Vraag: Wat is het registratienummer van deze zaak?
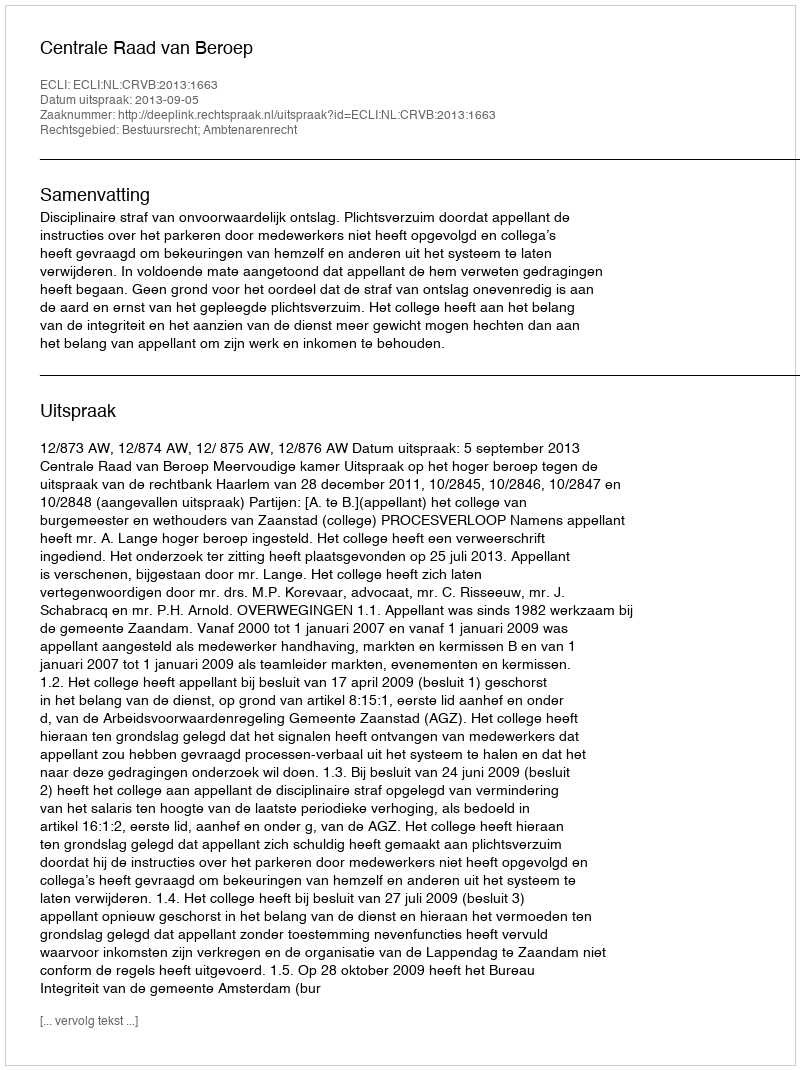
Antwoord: http://deeplink.rechtspraak.nl/uitspraak?id=ECLI:NL:CRVB:2013:1663